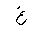
Letter: _gayn